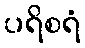
ပရိစရံ